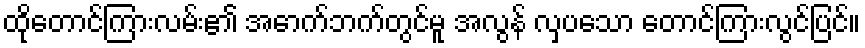
ထိုတောင်ကြားလမ်း၏ အောက်ဘက်တွင်မူ အလွန် လှပသော တောင်ကြားလွင်ပြင်။